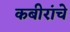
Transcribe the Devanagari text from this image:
कबीरांचे